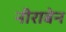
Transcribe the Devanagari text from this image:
नीराबेन